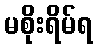
မစိုးရိမ်ရ